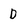
Character: D